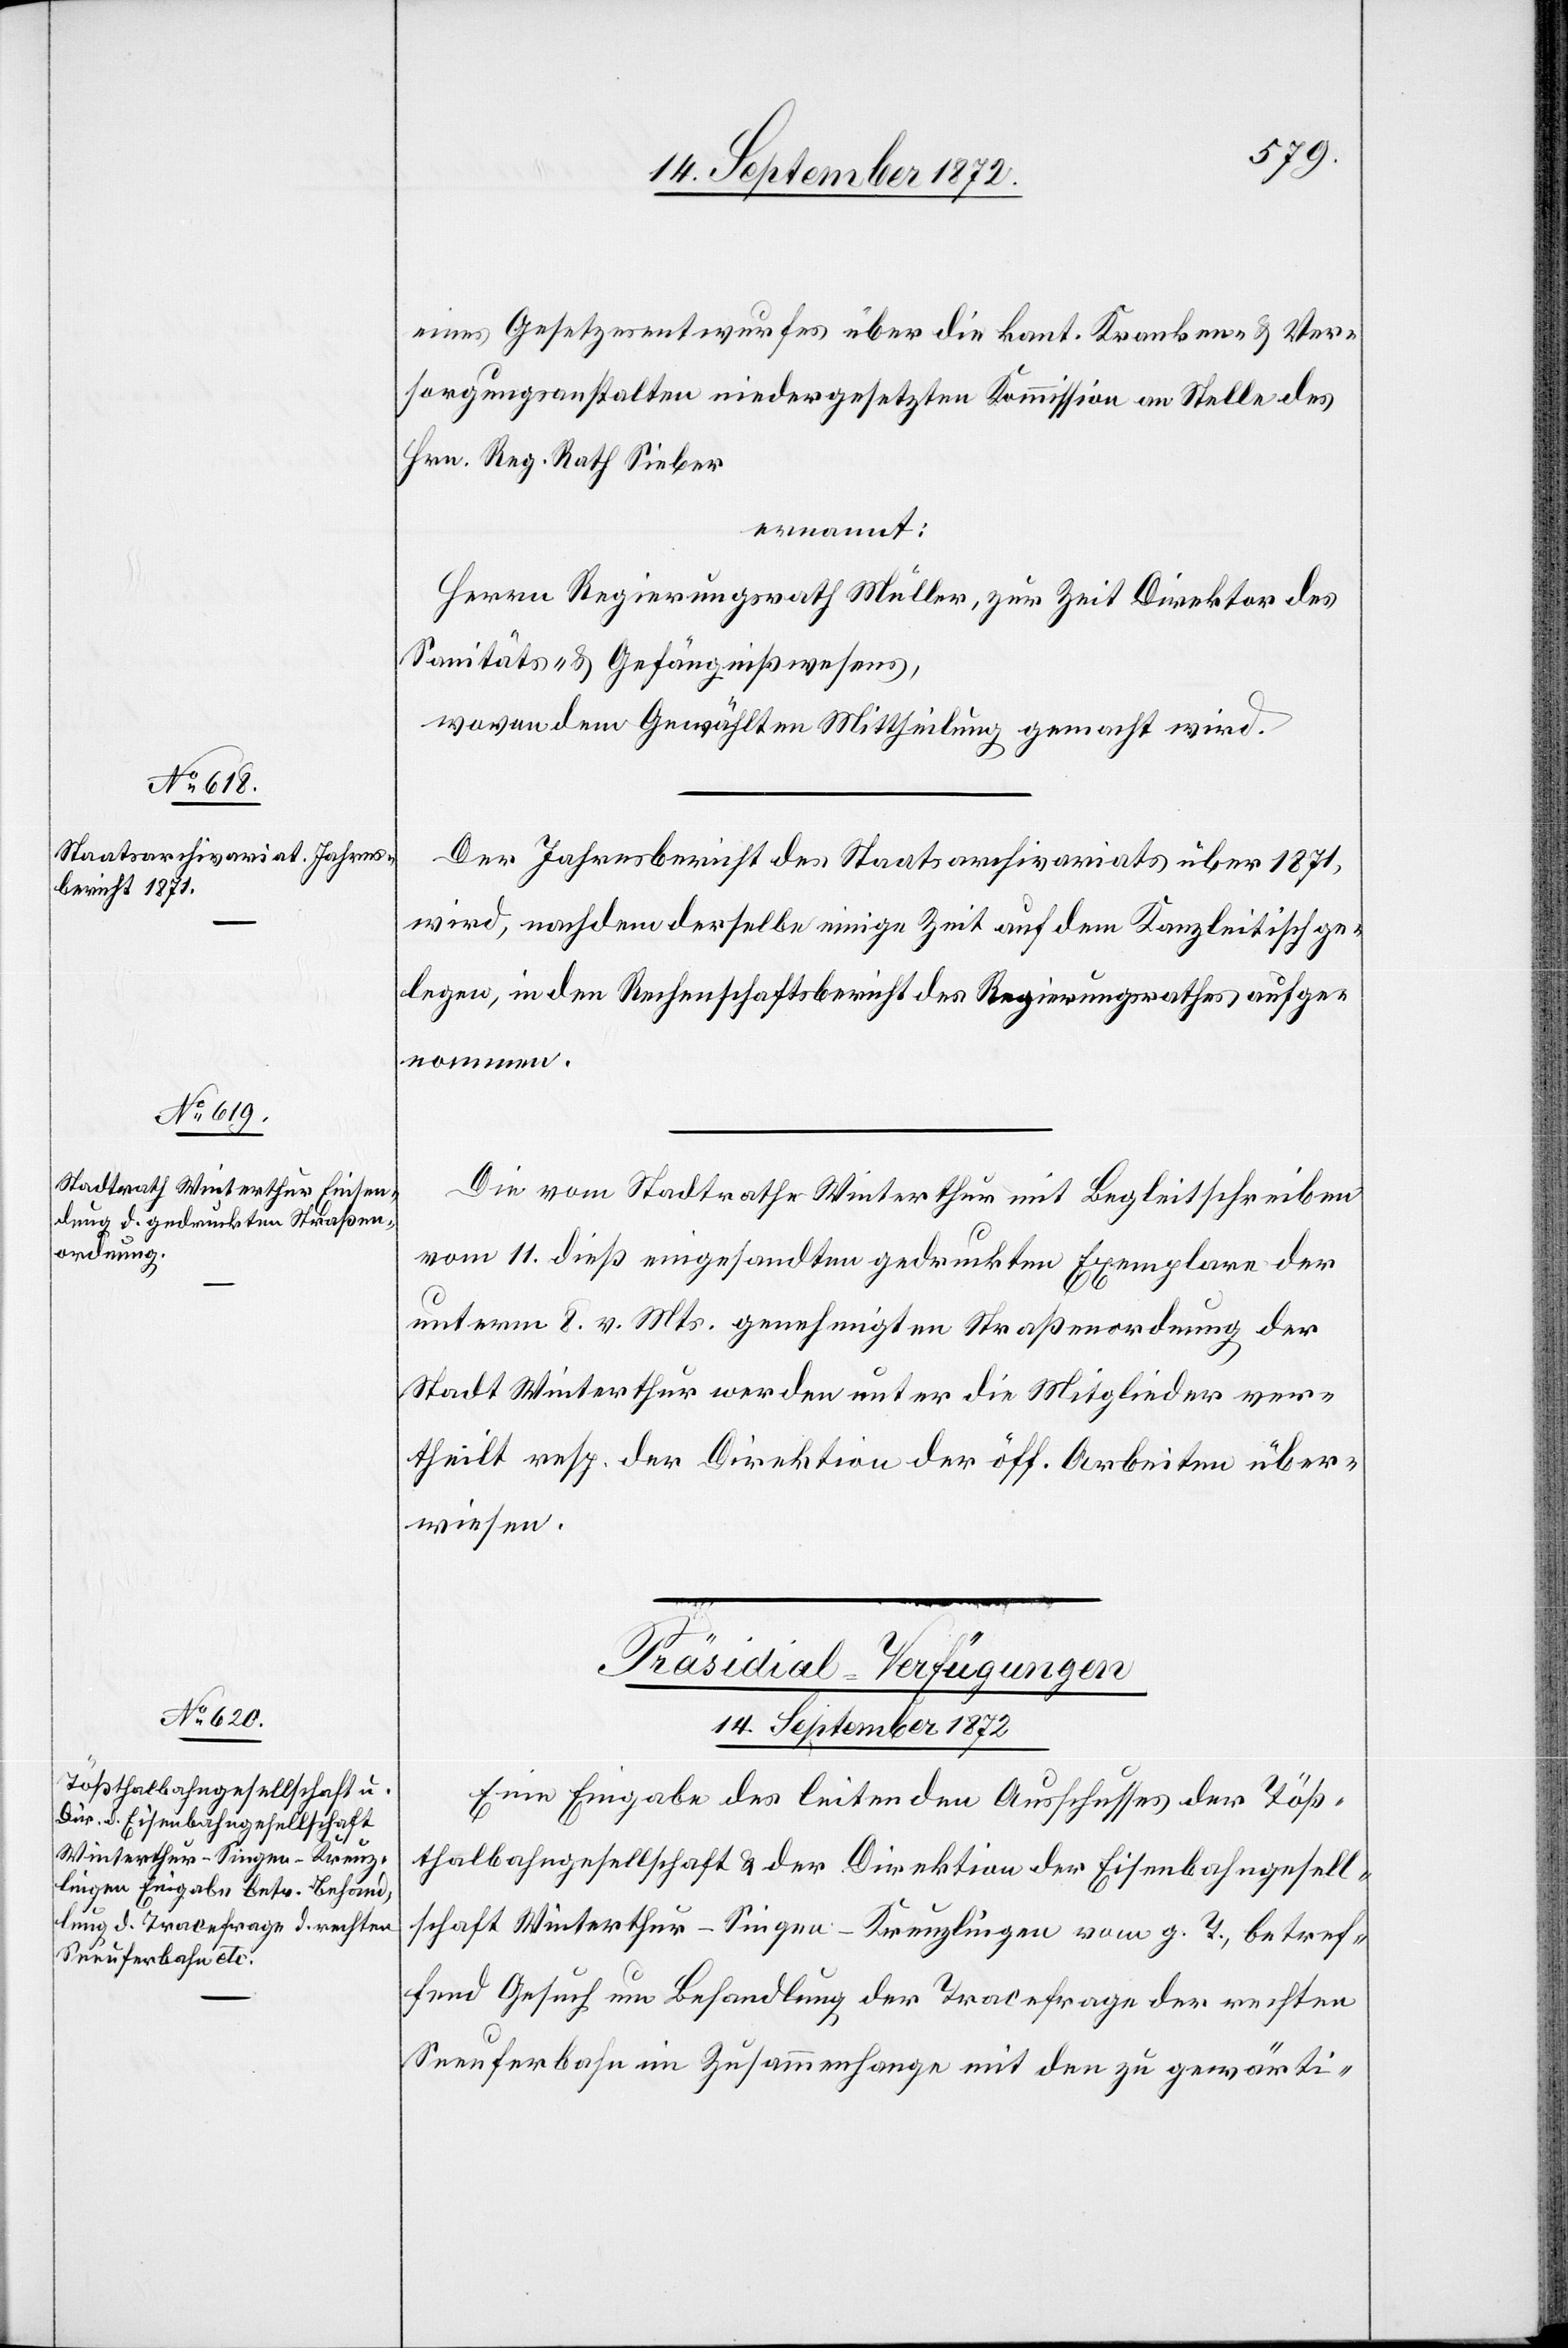
eines Gesetzesentwurfes über die kant. Kranken- u. Ver¬
sorgungsanstalten niedergesetzten Kommission an Stelle des
Hrn. Reg. Rath Sieber
ernannt:
Herrn Regierungsrath Müller, zur Zeit Direktors des
Sanitäts- u. Gefängnißwesens,
wovon dem Gewählten Mittheilung gemacht wird.
Der Jahresbericht des Staatsarchivariats über 1871
wird, nachdem derselbe einige Zeit auf dem Kanzleitisch ge¬
legen, in den Rechenschaftsbericht des Regierungsrathes aufge¬
nommen.
Die vom Stadtrathe Winterthur mit Begleitschreiben
vom 11. dieß eingesandten gedruckten Exemplaren der
unterm 8. v. Mts. genehmigten Straßenordnung der
Stadt Winterthur werden unter die Mitglieder ver¬
theilt resp. der Direktion der öff. Arbeiten über¬
wiesen.
Präsidial-Verfügungen
14. September 1872
Eine Eingabe des leitenden Ausschusses der Töß¬
thalbahngesellschaft u. der Direktion der Eisenbahngesell¬
schaft Winterthur–Singen–Kreuzlingen vom g. T., betref¬
fend Gesuch um Behandlung der Tracefrage der rechten
Seeuferbahn im Zusammenhange mit den zu gewärti-